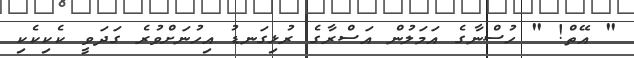
" އޭތް! " ހުސްނާގެ އަމަލުން އަސްރާގެ ރުޅިގަނޑު އިހުނަށްވުރެ ގަދަވީ ކެކިކެކި